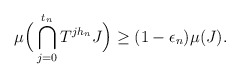
\begin{align*}\mu\Big(\bigcap_{j=0}^{t_n}T^{jh_n}J\Big) \geq (1-\epsilon_n)\mu(J).\end{align*}